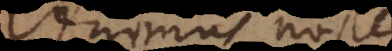
Animus nost